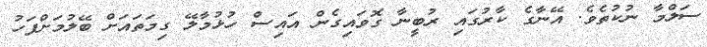
ސަލްމާ ނުކުތެވެ. އޭނާގެ ކާރުގައި ރުބީނާ ގޮވައިގެން އައިސް ހުޅުމާލޭ ގިމަތައަށް ބޭލުމަށްފަހު